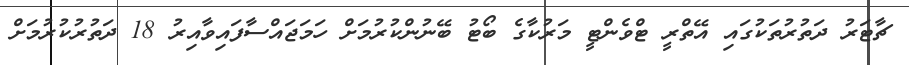
ޗާޓަރު ދަތުރުތަކުގައި އޭތްރީ ޓްވެންޓީ މަރުކާގެ ބޯޓު ބޭނުންކުރުމަށް ހަމަޖައްސާފައިވާއިރު 18 ދަތުރުކުރުމަށް